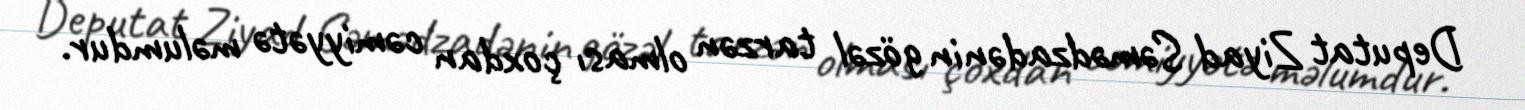
Deputat Ziyad Səmədzadənin gözəl tarzən olması çoxdan cəmiyyətə məlumdur.